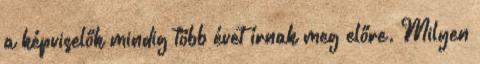
a képviselők mindig több évet írnak meg előre. Milyen